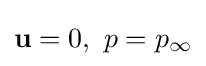
\mathbf {u} =0,\ p=p_{\infty }